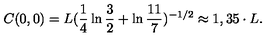
C ( 0 , 0 ) = L ( \frac { 1 } { 4 } \ln { \frac { 3 } { 2 } } + \ln { \frac { 1 1 } { 7 } } ) ^ { - 1 / 2 } \approx 1 , 3 5 \cdot L .